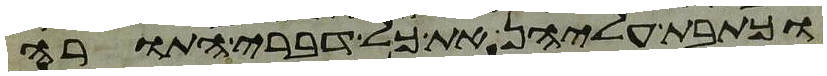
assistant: וכתבת עליהן את כל דברי התורה